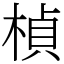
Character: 楨